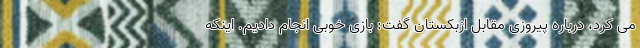
می کرد، درباره پیروزی مقابل ازبکستان گفت: بازی خوبی انجام دادیم. اینکه